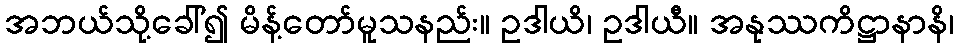
အဘယ်သို့ခေါ်၍ မိန့်တော်မူသနည်း။ ဥဒါယိ၊ ဥဒါယီ။ အနုဿကိဋ္ဌာနာနိ၊